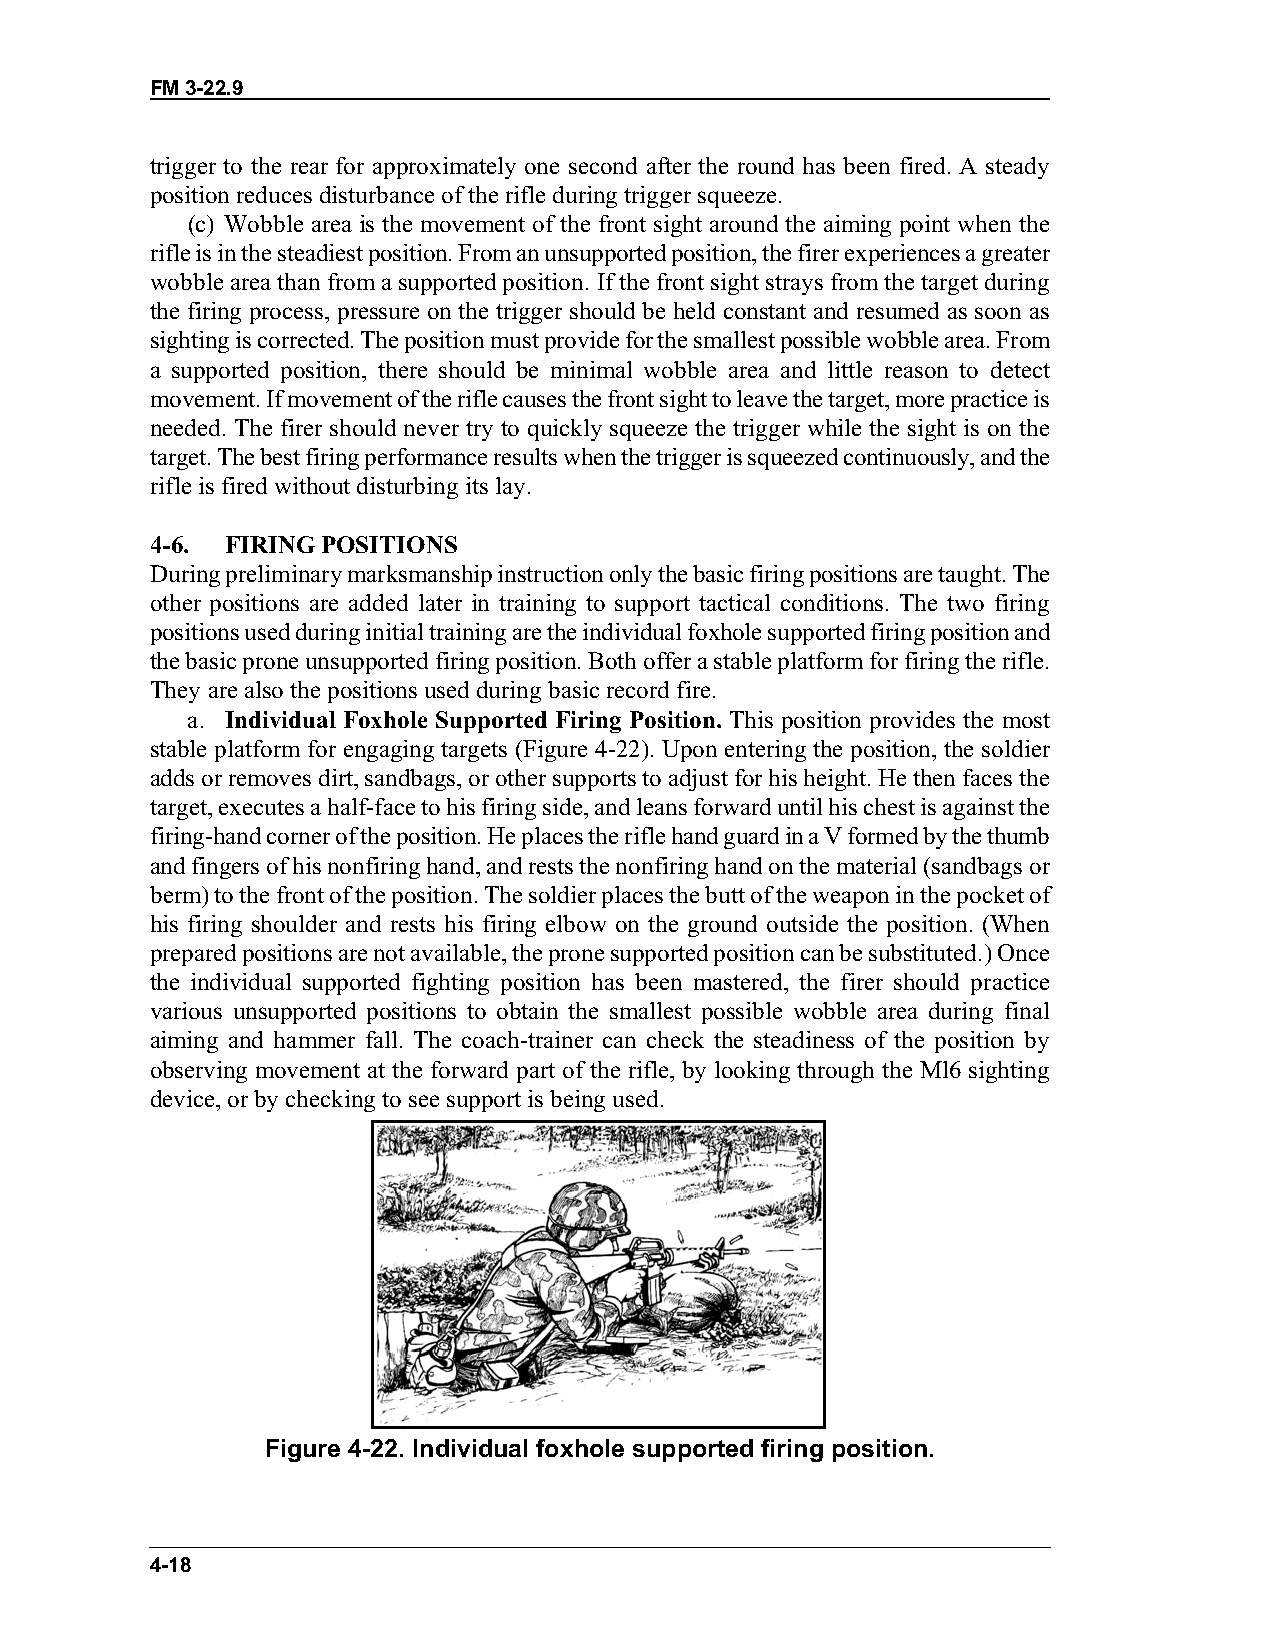
FM 3-22.9
 trigger to the rear for approximately one second after the round has been fired. A steady
 position reduces disturbance of the rifle during trigger squeeze.
 (c) Wobble area is the movement of the front sight around the aiming point when the
 rifle is in the steadiest position. From an unsupported position, the firer experiences a greater
 wobble area than from a supported position. If the front sight strays from the target during
 the firing process, pressure on the trigger should be held constant and resumed as soon as
 sighting is corrected. The position must provide for the smallest possible wobble area. From
 a supported position, there should be minimal wobble area and little reason to detect
 movement. If movement of the rifle causes the front sight to leave the target, more practice is
 needed. The firer should never try to quickly squeeze the trigger while the sight is on the
 target. The best firing performance results when the trigger is squeezed continuously, and the
 rifle is fired without disturbing its lay.
 4-6. FIRING POSITIONS
 During preliminary marksmanship instruction only the basic firing positions are taught. The
 other positions are added later in training to support tactical conditions. The two firing
 positions used during initial training are the individual foxhole supported firing position and
 the basic prone unsupported firing position. Both offer a stable platform for firing the rifle.
 They are also the positions used during basic record fire.
 a. Individual Foxhole Supported Firing Position. This position provides the most
 stable platform for engaging targets (Figure 4-22). Upon entering the position, the soldier
 adds or removes dirt, sandbags, or other supports to adjust for his height. He then faces the
 target, executes a half-face to his firing side, and leans forward until his chest is against the
 firing-hand corner of the position. He places the rifle hand guard in a V formed by the thumb
 and fingers of his nonfiring hand, and rests the nonfiring hand on the material (sandbags or
 berm) to the front of the position. The soldier places the butt of the weapon in the pocket of
 his firing shoulder and rests his firing elbow on the ground outside the position. (When
 prepared positions are not available, the prone supported position can be substituted.) Once
 the individual supported fighting position has been mastered, the firer should practice
 various unsupported positions to obtain the smallest possible wobble area during final
 aiming and hammer fall. The coach-trainer can check the steadiness of the position by
 observing movement at the forward part of the rifle, by looking through the Ml6 sighting
 device, or by checking to see support is being used.
 Figure 4-22. Individual foxhole supported firing position.
 4-18